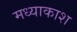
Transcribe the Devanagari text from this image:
मध्याकाश